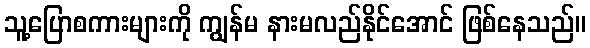
သူ့ပြောစကားများကို ကျွန်မ နားမလည်နိုင်အောင် ဖြစ်နေသည်။